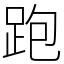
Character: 跑